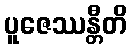
ပူဇေဿန္တီတိ